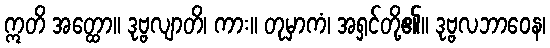
ဣတိ အတ္ထော။ ဒုဗ္ဗလျာတိ၊ ကား။ တုမှာကံ၊ အရှင်တို့၏။ ဒုဗ္ဗလဘာဝေန၊